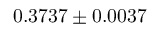
0 . 3 7 3 7 \pm 0 . 0 0 3 7